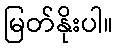
မြတ်နိုးပါ။